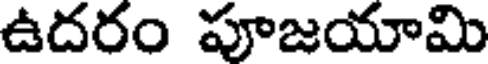
ఉదరం పూజయామి